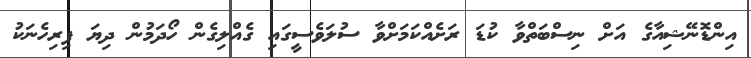
އިންޑޮނޭޝިއާގެ އަށް ނިސްބަތްވާ ކުޑަ ރަށެއްކަމަށްވާ ސުލަވެސީގައި ގެއްލިގެން ހޯދަމުން ދިޔަ ފިރިހެނަކު